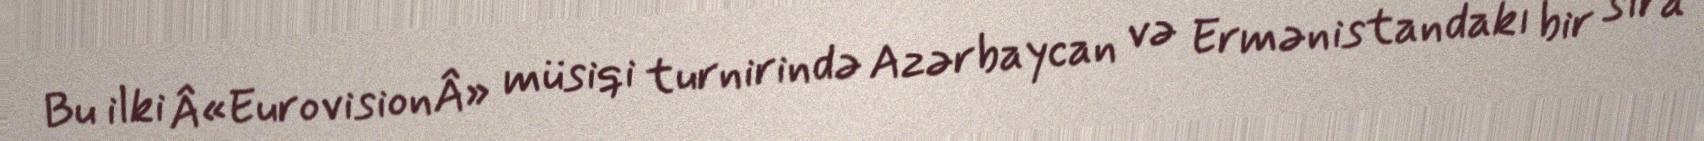
Bu ilki Â«EurovisionÂ» müsiqi turnirində Azərbaycan və Ermənistandakı bir sıra